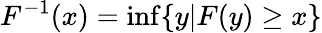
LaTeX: F^{-1}(x)=\operatorname*{inf}\{ y|F(y)\geq x\}